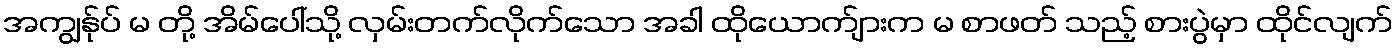
အကျွန်ုပ် မ တို့ အိမ်ပေါ်သို့ လှမ်းတက်လိုက်သော အခါ ထိုယောက်ျားက မ စာဖတ် သည့် စားပွဲမှာ ထိုင်လျက်